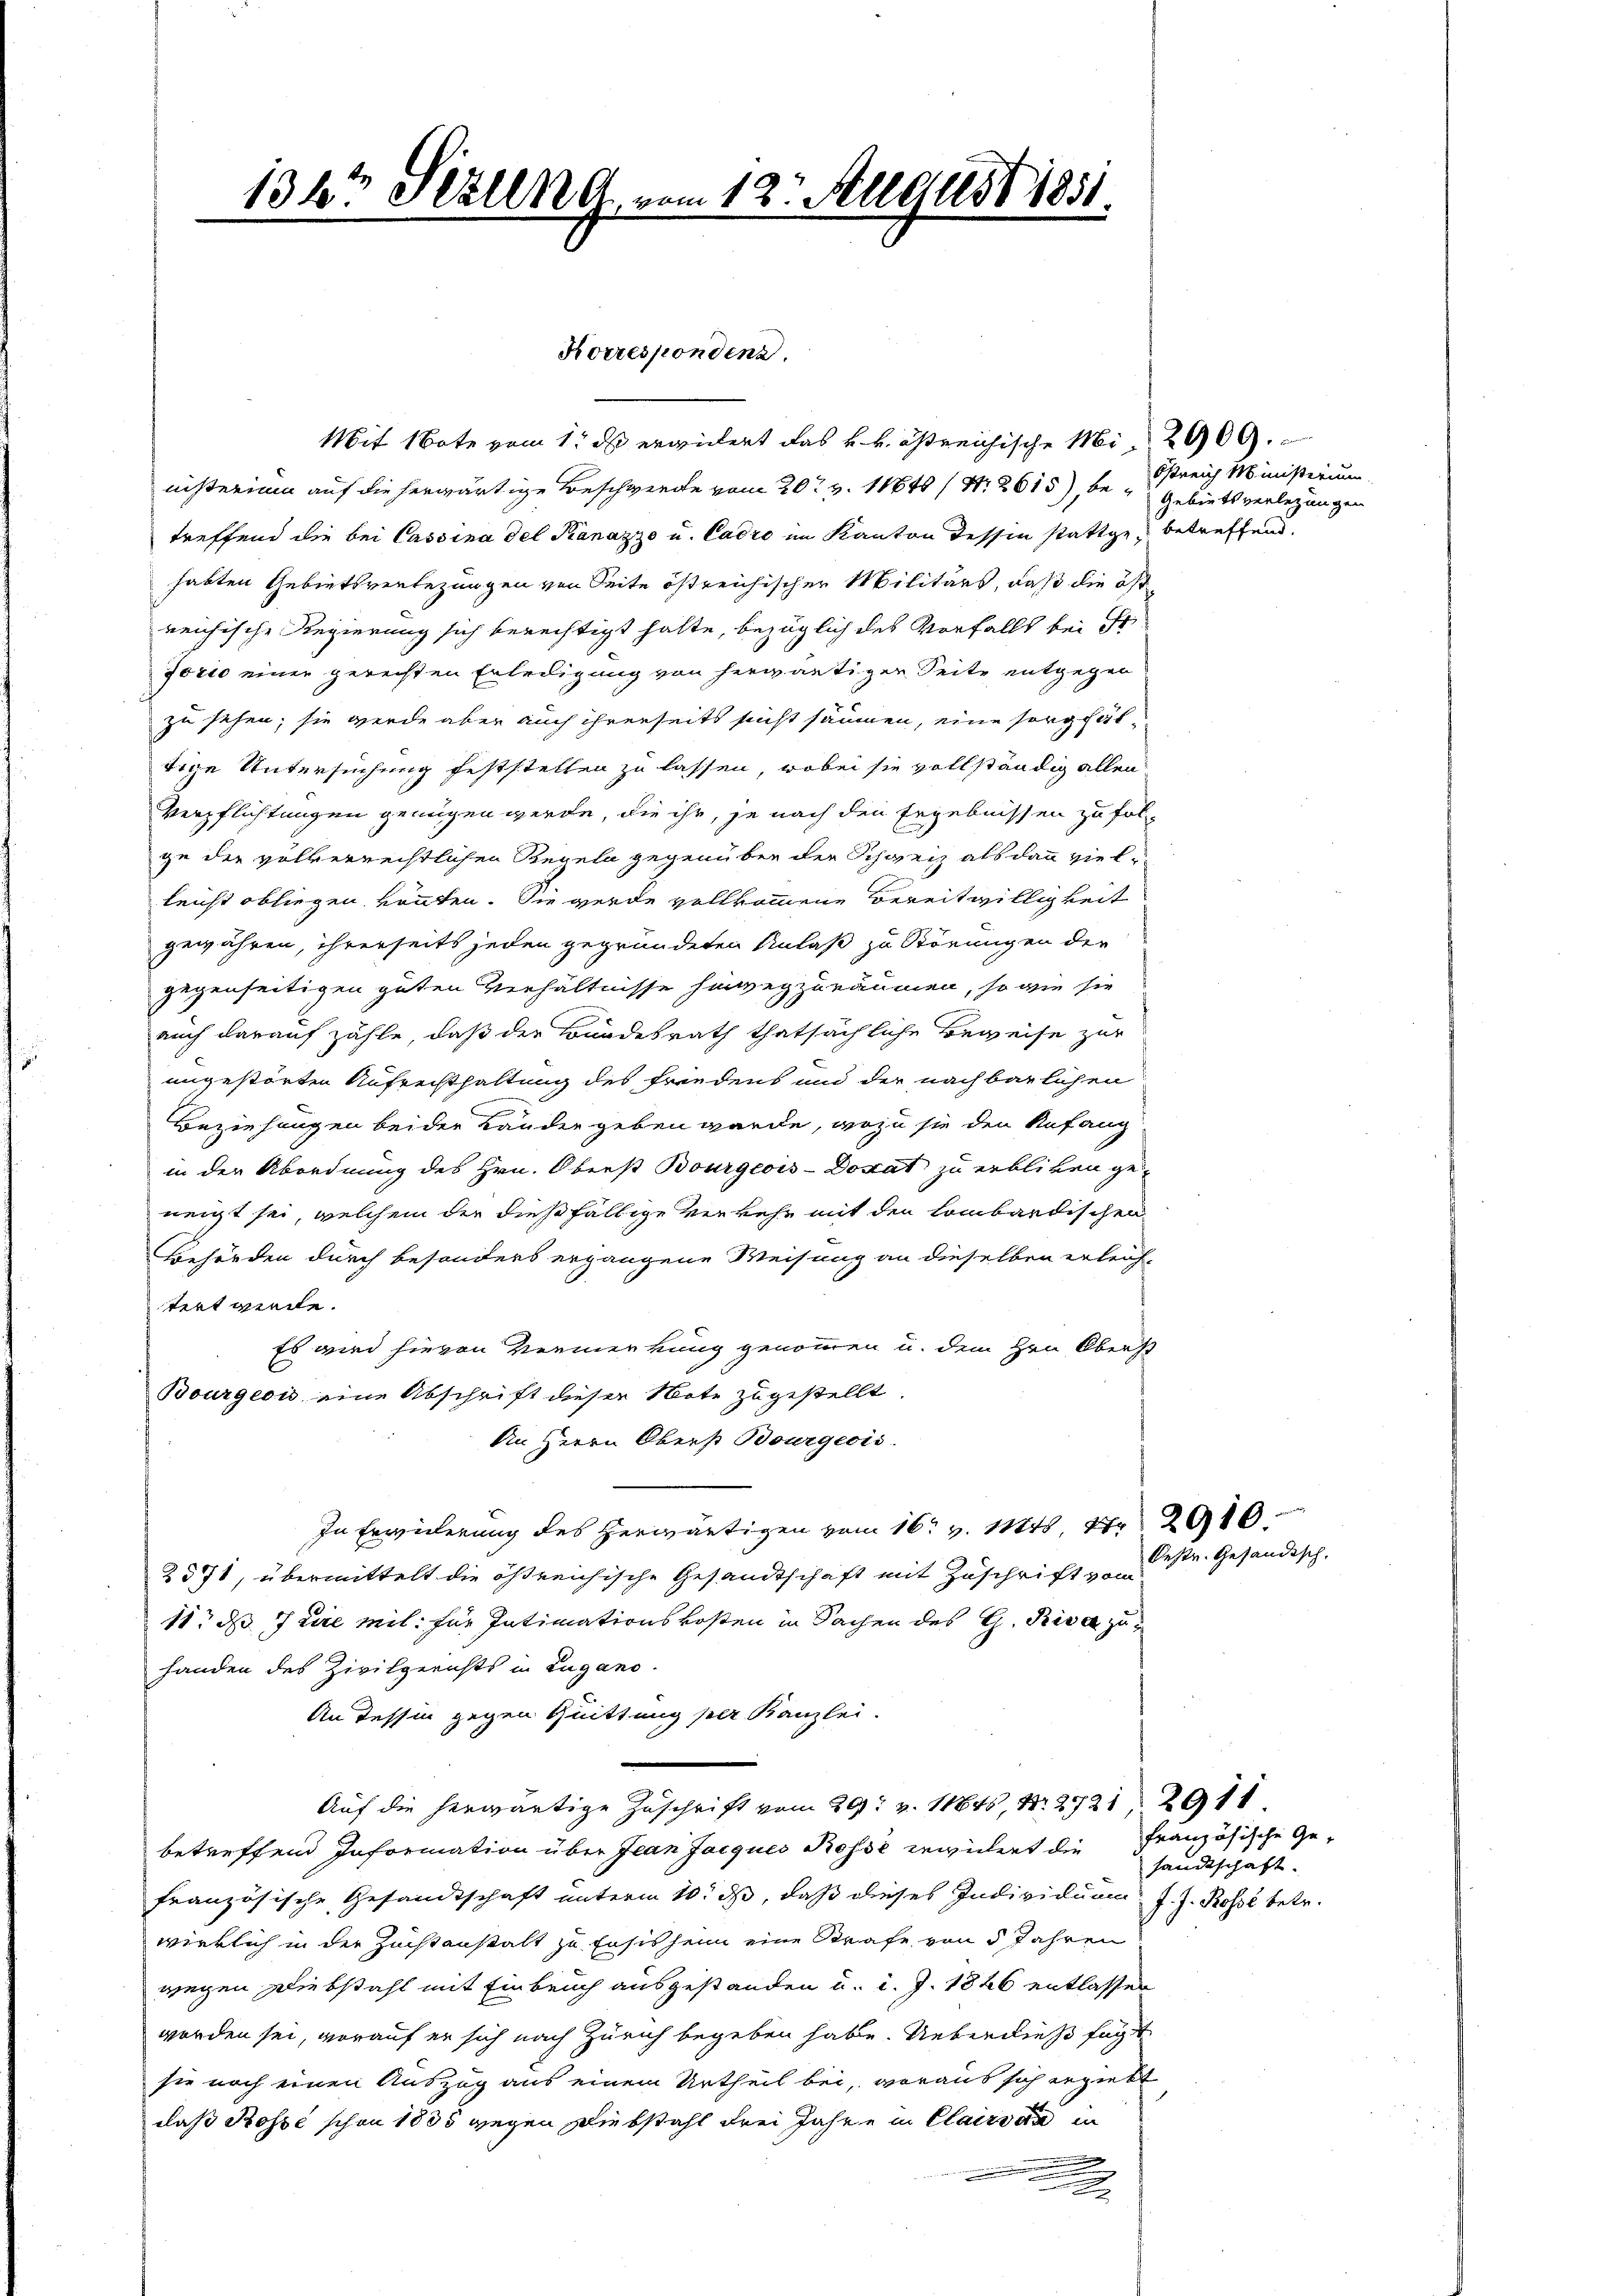
136t Mölle vom 12. August 1851

Mit Bote vom 1. ds erwiedert das k. k. östreichische Mit 200
nisterium auf die herwärtige Beschwerde vom 20t v. 11648 / Nr. 2615), be-Gebiets verlegungen
treffend die bei Cassina del Kanazzo u. Cadro im Kanton dessen stattge, betreffend,
habten Gebietsvertezungen von Seite östreichischer Militärs, daß die östreichische Regierung sich berechtigt hatte, bezüglich des Vorfalls bei St
Jorio einer gerechten Erledigung von herwärtiger Seite entgegen
zu sehen; sie werde aber auch ihrerseits sucht säumen, eine sorgfältige Untersuchung feststellen zu lassen, wobei sie vollständig allen
Verpflichtungen genügen werde, die ihr, je nach den Ergebnissen zu fol-
ge der völkerrechtlichen Regeln gegenüber der Schweiz als dann vielleicht obliegen könnten. Sie werde vollkommene Bereitwilligkeit
gewähren, ihrerseits jeden gegründeten Anlaß zu Störungen der
gegenseitigen guten Verhältnisse hinwegzuräumen, so wie sie
auch darauf zähle, daß der Bundesrath thatsächliche Beweise zur
ungestörten Aufrechthaltung des Friedens und der nachbarlichen
Beziehungen beider Lander geben würde, wozu sie den Anfang
in der Abordnung des Hrn. Oberst Bourgeois-Dostat zu erbliken ge-
neigt sei, welchem der dießfällige Verkehr mit den lombardischen
Behörden durch besonders ergangene Weisung an dieselben erleich-
tert werde.
Es wird hievon Vermerkung genommen u. dem Hrn. Oberst
Bourgeois eine Abschrift dieser Note zugestellt.
An Herrn Oberst Bourgeois
In Erwiderung des herwärtigen vom 16t v. Mts. 12910.
2571, übermittelt die östreichische Gesandtschaft mit Zuschrift vom
11t ds Jure mil. für Intimationskosten in Sachen des G. Riva zuhanden des Zivilgerichts in Lugano.
An dessin gegen Quittung sele Kanzlei.
Auf die herwärtige Zuschrift vom 29. v. 11845, Nr. 2721 2911
betreffend Information über Jean Jacques Rosse erwidert die Französische Ge-
französische Gesandtschaft unterm 10. ds, daß dieses Individuum J. J. Rosse betr.
wirklich in der Zuchtanstalt zu Ensis heim eine Strafe von 5 Jahren
wegen Diebstahl mit Einbruch ausgestanden u. d. J. 1826 entlassen
worden sei, worauf er sich nach Zürich begeben habe. Ueberdieß sagt
sie noch einen Auszug aus einem Urtheil bei, woraus sich ergiebt
daß Rosse schon 1885 wegen Diebstahl drei Jahre in Claissar in
.

Korrespondenz.

Östreich Ministerium

Oestr. Gesändisch.

sandtschaft.